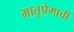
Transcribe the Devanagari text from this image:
मातृप्रेमाची